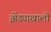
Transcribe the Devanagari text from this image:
झेंड्याखालीं